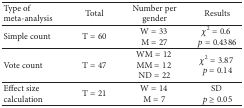
<table><thead><tr><td><b>Type of meta-analysis</b></td><td><b>Total</b></td><td><b>Number per gender</b></td><td><b>Results</b></td></tr></thead><tbody><tr><td>Simple count</td><td>T = 60</td><td>W = 33 M = 27</td><td><i>χ</i><sup>2</sup> = 0.6<i>p</i> = 0.4386</td></tr><tr><td>Vote count</td><td>T = 47</td><td>WM = 12 MM = 12 ND = 22</td><td><i>χ</i><sup>2</sup> = 3.87<i>p</i> = 0.14</td></tr><tr><td>Effect size calculation</td><td>T = 21</td><td>W = 14 M = 7</td><td>SD <i>p</i> ≥ 0.05</td></tr></tbody></table>